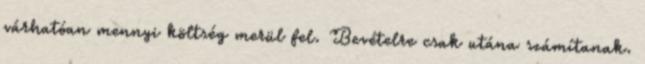
várhatóan mennyi költség merül fel. Bevételre csak utána számítanak.